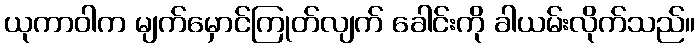
ယုကာဝါက မျက်မှောင်ကြုတ်လျက် ခေါင်းကို ခါယမ်းလိုက်သည်။